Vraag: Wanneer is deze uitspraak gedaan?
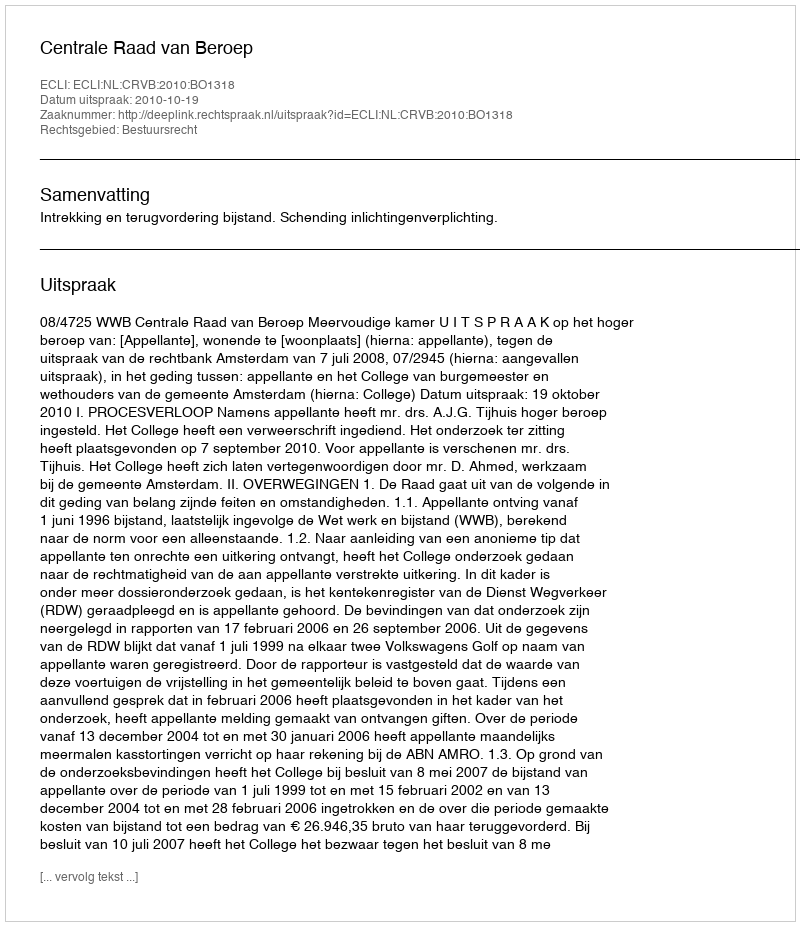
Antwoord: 2010-10-19